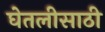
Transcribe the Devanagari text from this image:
घेतलीसाठी